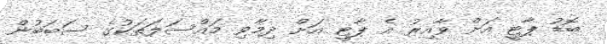
ބޮޑު ޕާޓީ އަށް ވާއިރު އެ ޕާޓީ އަށް ދިމާވި މައްސަލަތަކުގެ ސަބަބުން